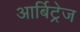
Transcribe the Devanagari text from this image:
आर्बिट्रेज